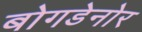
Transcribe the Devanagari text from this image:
बोगडेनोर